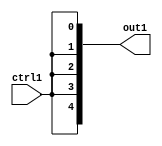
`timescale 1ps / 1ps

// Generated by Cadence Genus(TM) Synthesis Solution 17.11-s014_1
// Generated on: Dec 28 2020 13:40:30 KST (Dec 28 2020 04:40:30 UTC)

module fix2float_Muxi31i0u1_4_1(ctrl1, out1);
  input ctrl1;
  output [4:0] out1;
  wire ctrl1;
  wire [4:0] out1;
  assign out1[0] = ctrl1;
  assign out1[1] = ctrl1;
  assign out1[2] = ctrl1;
  assign out1[3] = ctrl1;
  assign out1[4] = ctrl1;
endmodule